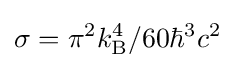
\sigma =\pi ^{2}k_{\text{B}}^{4}/60\hbar ^{3}c^{2}